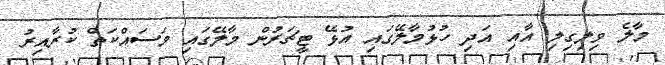
މާލެ ވިލިގިލި އާއި އަދި ހުޅުމާލޭގައި އުޅޭ ޓީޗަރުން މާލޭގައި މަސައްކަތް ކުރާއިރު